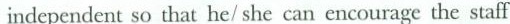
independent so that he/she can encourage the staff